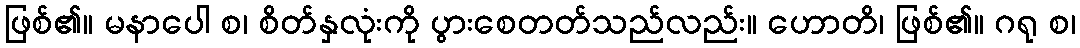
ဖြစ်၏။ မနာပေါ စ၊ စိတ်နှလုံးကို ပွားစေတတ်သည်လည်း။ ဟောတိ၊ ဖြစ်၏။ ဂရု စ၊